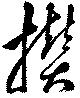
攅